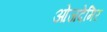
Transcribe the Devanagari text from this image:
ओजदेमिर